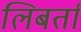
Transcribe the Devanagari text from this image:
लिबर्ता